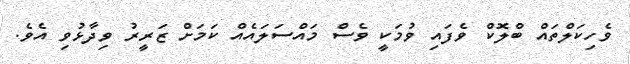
ވެހިކަލްތައް ބްލޮކް ވެފައި ވުމަކީ ވެސް މައްސަލައެއް ކަމަށް ޒަރީރު ވިދާޅުވި އެވެ.